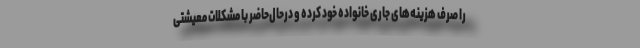
را صرف هزینه‌های جاری خانواده خود کرده و درحال‌حاضر با مشکلات معیشتی